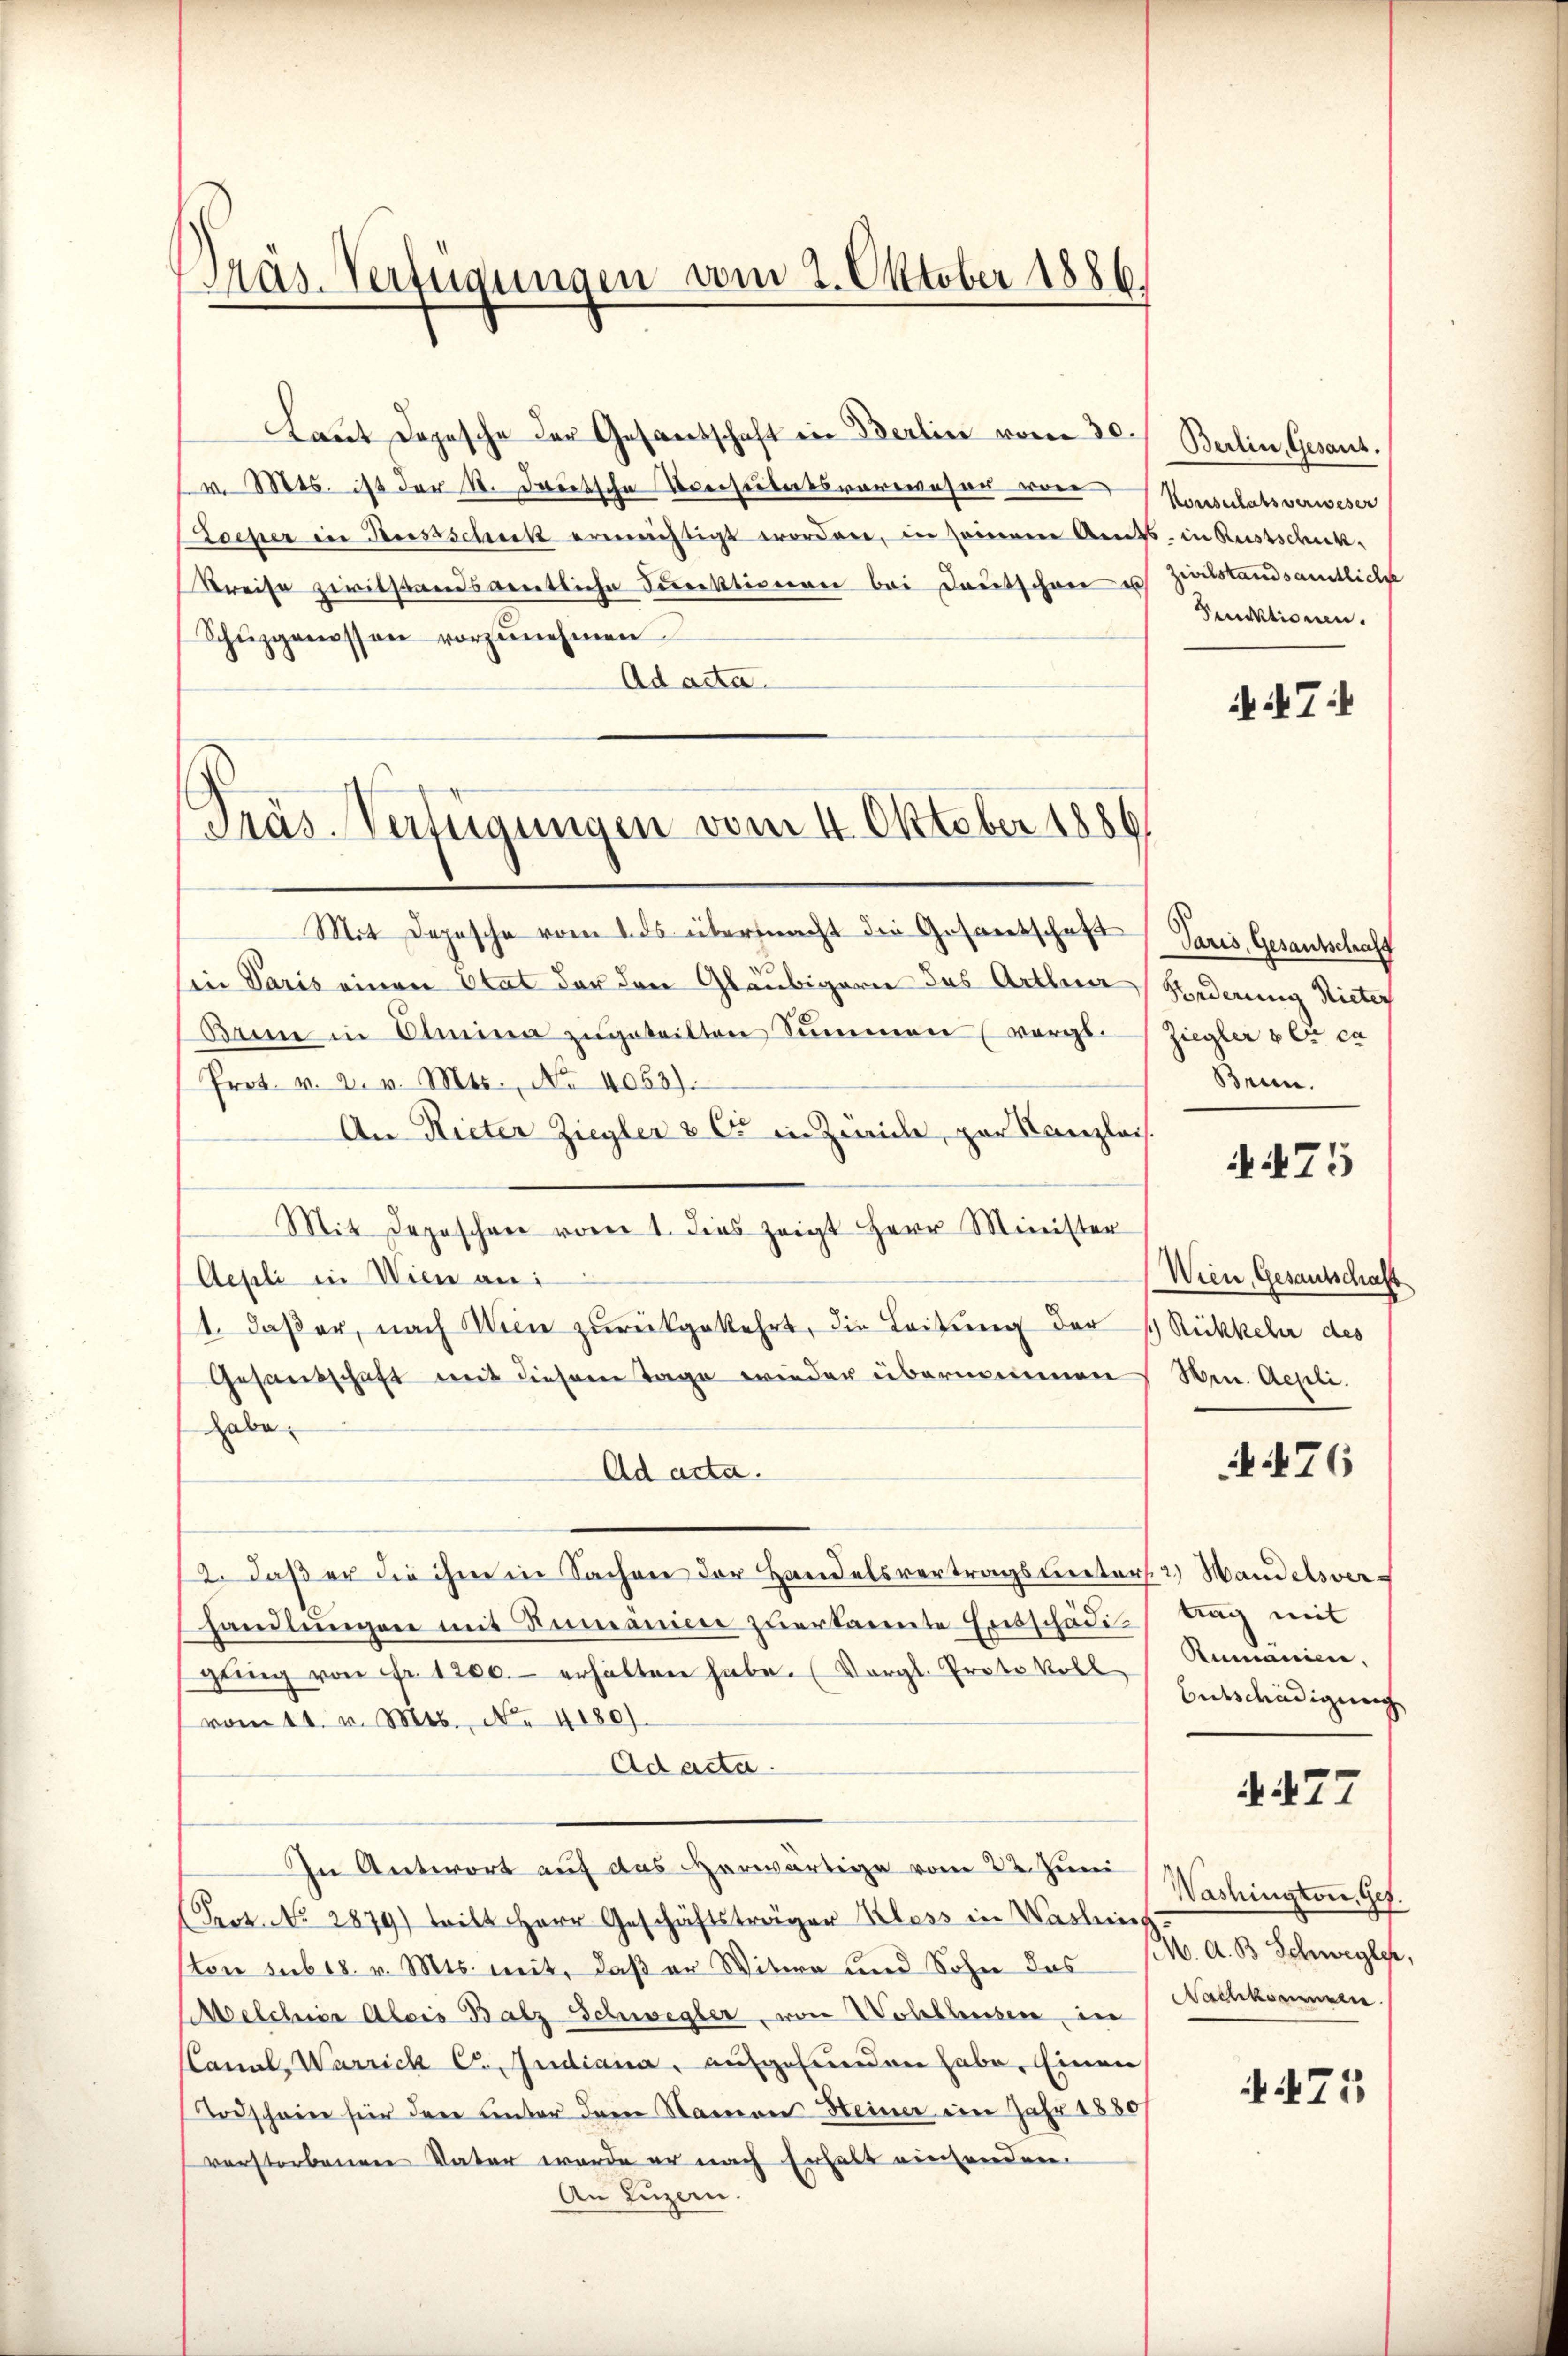
Präs. Verfügungen vom 2. Oktober 1886

Laut Depesche der Gesantschaft in Berlin vom 30.
v. 5. ist der St. Freitsche Verseburtsverwesen von
Locher in Ausschuck ermächtigt worden, in seinem Amts, in Rustschick¬
Kreise zwiefandsamtliche Funktionen bei Deutschen u
Schüzgenossen vorzŭnehmen.
Ad acta.
Mit Depesche vom 2. ds übernacht die Gesandtschaft
Ein Paris einen Stat der den Gläubigern das Arthna, Hederung Rieter
Arme in Dimina zugeteilten Summen (vergl.
Prot. v. 2. v. Mts., No 4053).
An Rieter Ziegler & Cie in Zwicke, zur Kanzleis
Mit Depeschen vom 1. dies zeigt Herr Minister
Aepli in Wien an:
1. daβ er, nach Wien zurückgekehrt, die Leitung der Rückkehr des
Gesandschaft mit diesem Tage wieder übernommen
habe.
Ad acta.
2. daß er die ihm in Sachen der Handelsvertragsveters. 2) Wandelsverhandlungen mit Romanien zuerkannte Entschädigling von Fr. 1200. erhalten habe. (Vergl. Protokoll Rumanien,
vom 11. v. Mts., No. 4180).
Ad acta.
In Antwort auf das Horwärtige vom 22. Juni
Pect. No. 2879) teilt Herr Geschäftsträger Klass in Vasling
ston subes. v. Mts. mit, daß er Witwe und Sohn des M. A. B. Schwegler,
Melchior Alois Batz Schwegler, von Wohlhusen, in
CCanal, Warrich C. Indiana, aufgefunden habe. Einen
Todscheine für dere unter dem Namen Heiner ein Jahr 1880
verstorbenen Vater werde er nach Erhalt einanden.
An Luzern.

Präs. Verfügungen vom 4. Oktober 1886

Berlin, Gesant.
Konsulats verweser
Zivilstandsamtliche
Punktionen.

ii 7

Paris, Gesantschaft
Ziegler per ca
Brin.

if. 175

Wien, Gesantschaft
Hrn. Aepli.

476

trag mit
Entschädigung

477

Washington, Ges.
Nachkommen.

475